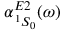
\alpha _ { \, ^ { 1 } S _ { 0 } } ^ { E 2 } ( \omega )